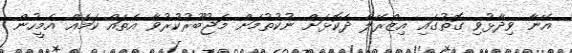
އޭނާ ވިދާޅުވި ގޮތުގައި އިޒްރޭލާ ދެކޮޅަށް ނުކުތުމަށް މަޖުބޫރުކުރުވާ އެތައް ކަމެއް އެމީހުން